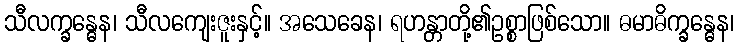
သီလက္ခန္ဓေန၊ သီလကျေးဇူးနှင့်။ အသေခေန၊ ရဟန္တာတို့၏ဥစ္စာဖြစ်သော။ ဓမာဓိက္ခန္ဓေန၊